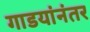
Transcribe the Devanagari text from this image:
गाडयांनंतर